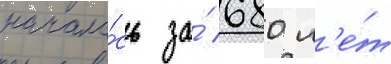
начала́сь за́ 680 л'е́т